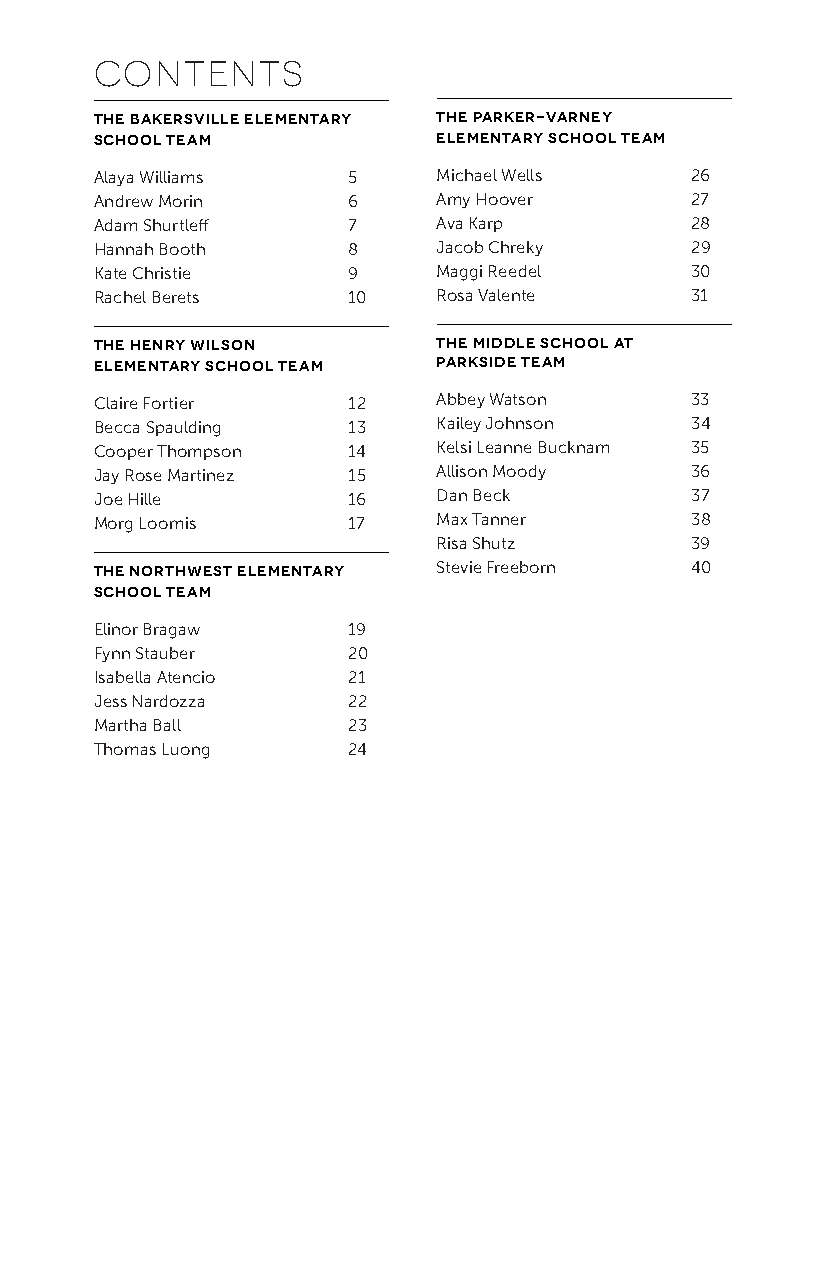
Contents
 THE BAKERSVILLE ELEMENTARY THE PARKER-VARNEY
 SCHOOL TEAM            ELEMENTARY SCHOOL TEAM
 Alaya Williams   5     Michael Wells    26
 Andrew Morin     6     Amy Hoover       27
 Adam Shurtleff   7     Ava Karp         28
 Hannah Booth     8     Jacob Chreky     29
 Kate Christie    9     Maggi Reedel     30
 Rachel Berets    10    Rosa Valente     31
 THE HENRY WILSON       THE MIDDLE SCHOOL AT
 ELEMENTARY SCHOOL TEAM PARKSIDE TEAM
 Claire Fortier   12    Abbey Watson     33
 Becca Spaulding  13    Kailey Johnson   34
 Cooper Thompson  14    Kelsi Leanne Bucknam 35
 Jay Rose Martinez 15   Allison Moody    36
 Joe Hille        16    Dan Beck         37
 Morg Loomis      17    Max Tanner       38
 Risa Shutz       39
 THE NORTHWEST ELEMENTARY Stevie Freeborn 40
 SCHOOL TEAM
 Elinor Bragaw    19
 Fynn Stauber     20
 Isabella Atencio 21
 Jess Nardozza    22
 Martha Ball      23
 Thomas Luong     24